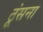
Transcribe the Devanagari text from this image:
ठूंसना